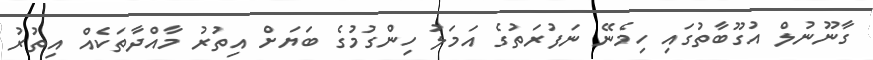
ގާނޫނުލް އުގޫބާތުގައި ހިމެނޭ ނަފުރަތުގެ އަމަލު ހިންގުމުގެ ބަޔަށް އިތުރު މާއްދާތަކެއް އިތުރު